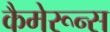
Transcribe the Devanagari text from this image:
कैमेरून्स